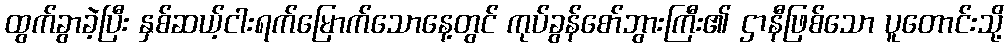
ထွက်ခွာခဲ့ပြီး နှစ်ဆယ့်ငါးရက်မြောက်သောနေ့တွင် ကုပ်ခွန်စော်ဘွားကြီး၏ ဌာနီဖြစ်သော ပူတောင်းသို့